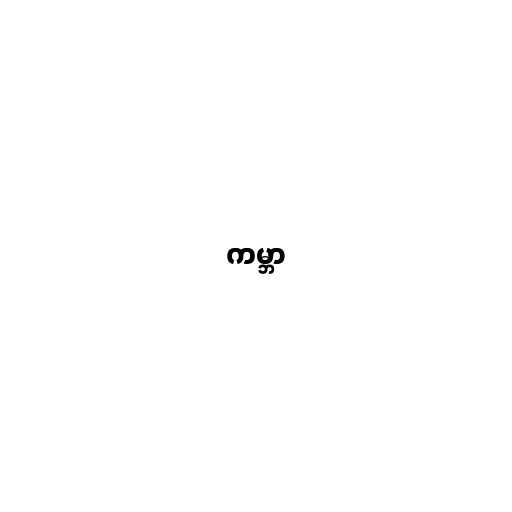
ကမ္ဘာ